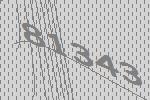
81343